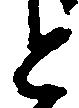
と